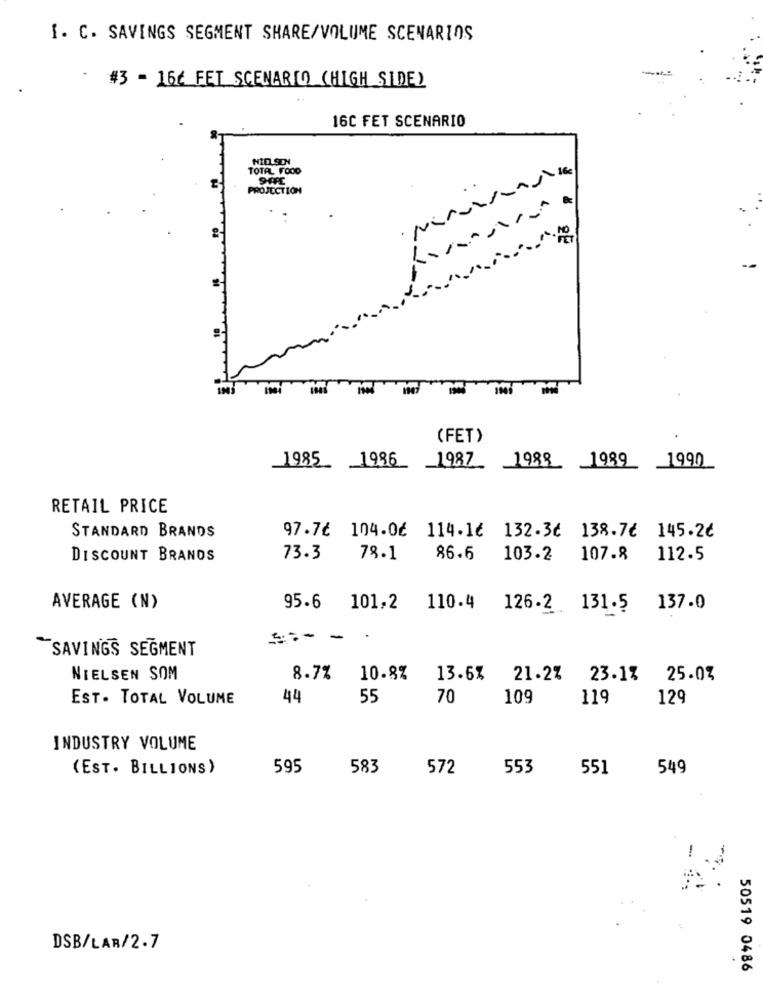
I. C. SAVINGS SEGMENT SHARE/VOLUME SCENARIOS
#3 - 16ć FET SCENARIO (HIGH SIDE)
16C FET SCENARIO
NIE.SON
TOTAL FOOD
PROJECTION
(FET)
1985_ 1986
1987_ 1988 1989
1990
RETAIL PRICE
STANDARD BRANDS
97.7€ 104.0€ 114.1€ 132.3€ 138.7€ 145.2€
DISCOUNT BRANDS
73.3
78.1
86.6
103.2 107.8
112.5
AVERAGE (N)
95.6
101,2
110.4
126.2 131.5
137.0
==- - -
SAVINGS SEGMENT
NIELSEN SOM
8.7%
10.8%
13.6%
21.2%
23.17
25.07
EST. TOTAL VOLUME
44
55
70
109
119
129
INDUSTRY VOLUME
(EST. BILLIONS )
595
583
572
553
551
549
DSB/LAR/2.7
50519 0486